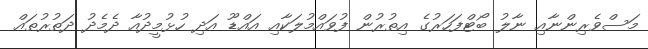
މަސްވެރިންނާއި ނާލު ބޯޓްފަހަރުގެ އިތުރުން ފުވައްމުލަކާއި އައްޑޫ އަދި ހުޅުމީދުއާ ދެމެދު ދަތުރުތައް